Report of the Indian Hemp Drugs Commission, 1894-1895 - Volume VI
Year: 1894
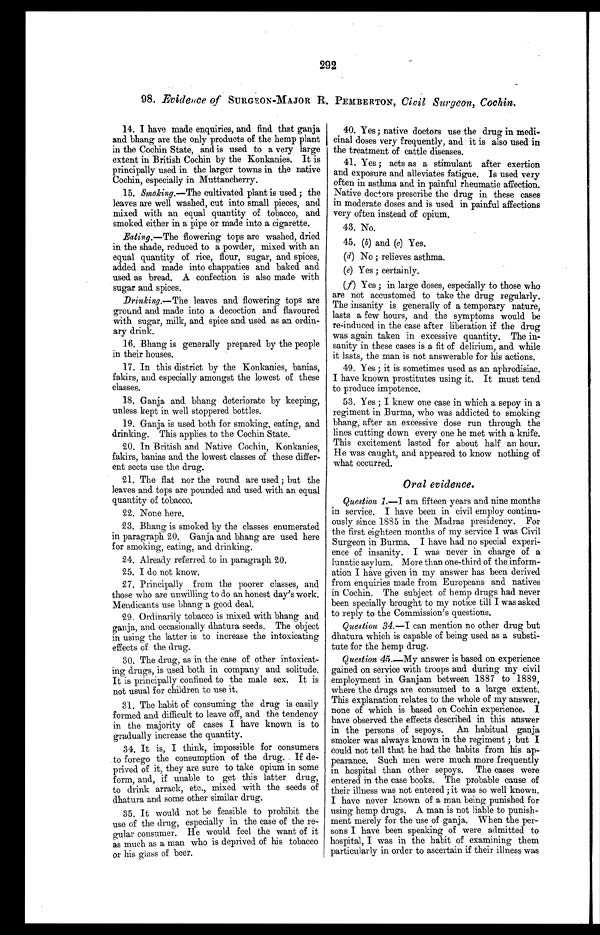
292
98. Evidence of SURGEON-MAJOR R. PEMBERTON, Civil Surgeon, Cochin.
14. I have made enquiries, and find that ganja
and bhang are the only products of the hemp plant
in the Cochin State, and is used to a very large
extent in British Cochin by the Konkanies. It is
principally used in the larger towns in the native
Cochin, especially in Muttancherry.
15. Smoking.—The cultivated plant is used; the
leaves are well washed, cut into small pieces, and
mixed with an equal quantity of tobacco, and
smoked either in a pipe or made into a cigarette.
Eating.—The flowering tops are washed, dried
in the shade, reduced to a powder, mixed with an
equal quantity of rice, flour, sugar, and spices,
added and made into chappaties and baked and
used as bread. A confection is also made with
sugar and spices.
Drinking.—The leaves and flowering tops are
ground and made into a decoction and flavoured
with sugar, milk, and spice and used as an ordin
-ary drink.
16. Bhang is generally prepared by the people
in their houses.
17. In this district by the Konkanies, banias,
fakirs, and especially amongst the lowest of these
classes.
18. Ganja and bhang deteriorate by keeping,
unless kept in well stoppered bottles.
19. Ganja is used both for smoking, eating, and
drinking. This applies to the Cochin State.
20. In British and Native Cochin, Konkanies,
fakirs, banias and the lowest classes of these differ
- e n t s e c t s u s e t h e d r u g .
21. The flat nor the round are used; but the
leaves and tops are pounded and used with an equal
quantity of tobacco.
22. None here.
23. Bhang is smoked by the classes enumerated
in paragraph 20. Ganja and bhang are used here
for smoking, eating, and drinking.
24. Already referred to in paragraph 20.
25. I do not know.
27. Principally from the poorer classes, and
those who are unwilling to do an honest day's work.
Mendicants use bhang a good deal.
29. Ordinarily tobacco is mixed with bhang and
ganja, and occasionally dhatura seeds. The object
in using the latter is to increase the intoxicating
effects of the drug.
30. The drug, as in the case of other intoxicat
- i n g d r u g s , i s u s e d b o t h i n c o m p a n y a n d s o l i t u d e .
It is principally confined to the male sex. It is
not usual for children to use it.
31. The habit of consuming the drug is easily
formed and difficult to leave off, and the tendency
in the majority of cases I have known is to
gradually increase the quantity.
34. It is, I think, impossible for consumers
to forego the consumption of the drug. If de
- p r i v e d o f i t , t h e y a r e s u r e t o t a k e o p i u m i n s o m e
form, and, if unable to get this latter drug,
to drink arrack, etc., mixed with the seeds of
dhatura and some other similar drug.
35. It would not be feasible to prohibit the
use of the drug, especially in the case of the re
- g u l a r c o n s u m e r . H e w o u l d f e e l t h e w a n t o f i t
as much as a man who is deprived of his tobacco
or his glass of beer.
40. Yes; native doctors use the drug in medi
- c i n a l d o s e s v e r y f r e q u e n t l y , a n d i t i s a l s o u s e d i n
the treatment of cattle diseases.
41. Yes; acts as a stimulant after exertion
and exposure and alleviates fatigue. Is used very
often in asthma and in painful rheumatic affection.
Native doctors prescribe the drug in these cases
in moderate doses and is used in painful affections
very often instead of opium.
43. No.
45. (b) and (c) Yes.
(d) No; relieves asthma.
•
( e ) Y e s ; c e r t a i n l y .
(f) Yes; in large doses, especially to those who
are not accustomed to take the drug regularly.
The insanity is generally of a temporary nature,
lasts a few hours, and the symptoms would be
re-induced in the case after liberation if the drug
was again taken in excessive quantity. The in
- s a n i t y i n t h e s e c a s e s i s a f i t o f d e l i r i u m , a n d w h i l e
it lasts, the man is not answerable for his actions.
49. Yes; it is sometimes used as an aphrodisiac.
I have known prostitutes using it. It must tend
to produce impotence.
53. Yes; I knew one case in which a sepoy in a
regiment in Burma, who was addicted to smoking
bhang, after an excessive dose run through the
lines cutting down every one he met with a knife.
This excitement lasted for about half an hour.
He was caught, and appeared to know nothing of
what occurred.
Oral evidence.
Question 1.—I am fifteen years and nine months
in service. I have been in civil employ continu
- o u s l y s i n c e 1 8 8 5 i n t h e M a d r a s p r e s i d e n c y . F o r
the first eighteen months of my service I was Civil
Surgeon in Burma. I have had no special experi
- e n c e o f i n s a n i t y . I w a s n e v e r i n c h a r g e o f a
lunatic asylum. More than one-third of the inform
- a t i o n I h a v e g i v e n i n m y a n s w e r h a s b e e n d e r i v e d
from enquiries made from Europeans and natives
in Cochin. The subject of hemp drugs had never
been specially brought to my notice till I was asked
to reply to the Commission's questions.
Question 34.—I can mention no other drug but
dhatura which is capable of being used as a substi
- t u t e f o r t h e h e m p d r u g .
Question 45 .—My answer is based on experience
gained on service with troops and during my civil
employment in Ganjam between 1887 to 1889,
where the drugs are consumed to a large extent.
This explanation relates to the whole of my answer,
none of which is based on Cochin experience. I
have observed the effects described in this answer
in the persons of sepoys. An habitual ganja
smoker was always known in the regiment; but I
could not tell that he had the habits from his ap
- p e a r a n c e . S u c h m e n w e r e m u c h m o r e f r e q u e n t l y
in hospital than other sepoys. The cases were
entered in the case books. The probable cause of
their illness was not entered; it was so well known.
I have never known of a man being punished for
using hemp drugs. A man is not liable to punish
-ment merely for the use of ganja. When the per
-sons I have been speaking of were admitted to
hospital, I was in the habit of examining them
particularly in order to ascertain if their illness was